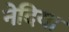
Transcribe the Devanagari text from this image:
नेदिया